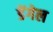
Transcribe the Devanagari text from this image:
डेंगेल